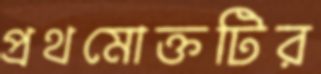
প্রথমোক্তটির